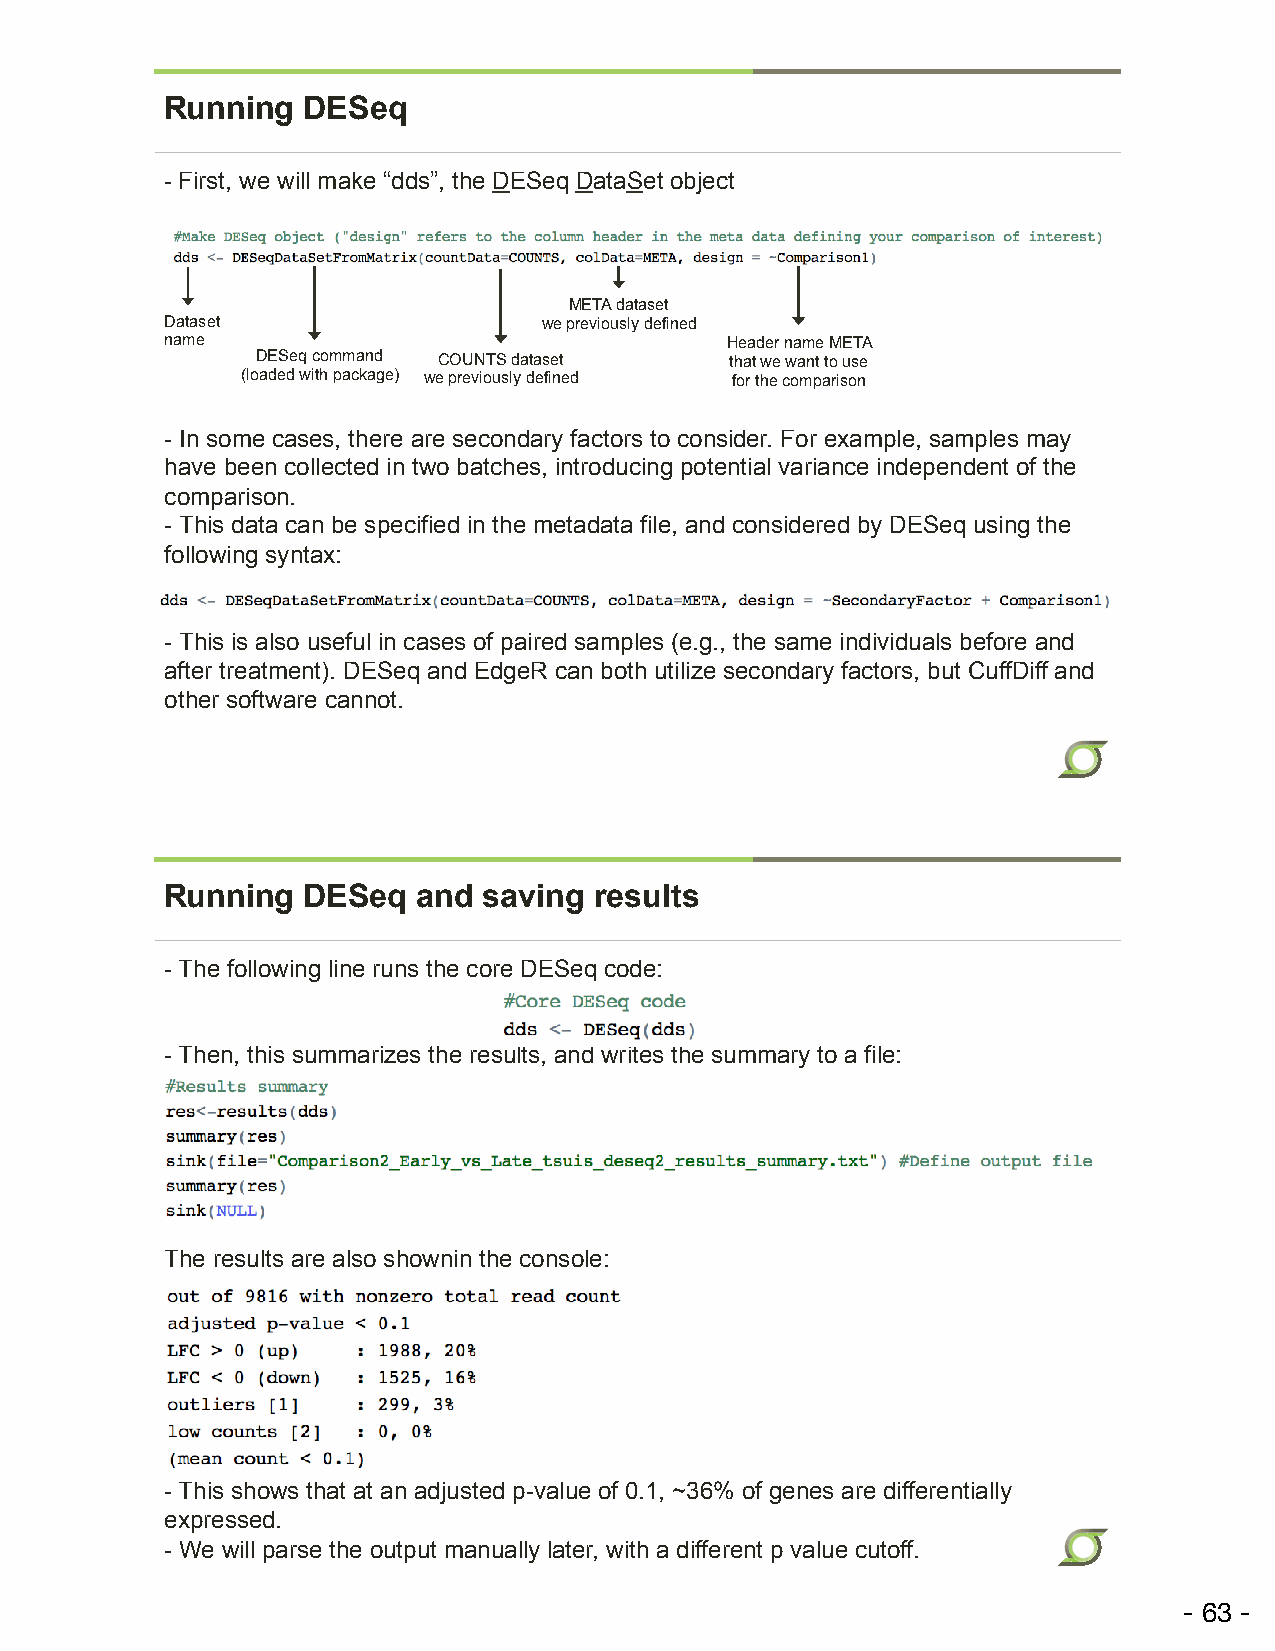
Running  DESeq
 - First, we will make “dds”, the DESeq DataSet object
 META dataset
 Dataset                  we previously defined
 name                                 Header name META
 DESeq command COUNTS dataset   that we want to use
 (loaded with package) we previously defined for the comparison
 - In some cases, there are secondary factors to consider. For example, samples may
 have been collected in two batches, introducing potential variance independent of the
 comparison.
 - This data can be specified in the metadata file, and considered by DESeq using the
 following syntax:
 - This is also useful in cases of paired samples (e.g., the same individuals before and
 after treatment). DESeq and EdgeR can both utilize secondary factors, but CuffDiff and
 other software cannot.
 Running  DESeq   and saving results
 - The following line runs the core DESeq code:
 - Then, this summarizes the results, and writes the summary to a file:
 The results are also shownin the console:
 - This shows that at an adjusted p-value of 0.1, ~36% of genes are differentially
 expressed.
 - We will parse the output manually later, with a different p value cutoff.